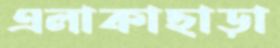
এলাকাছাড়া